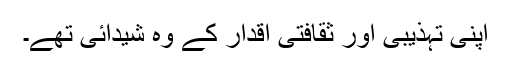
اپنی تہذیبی اور ثقافتی اقدار کے وہ شیدائی تھے۔